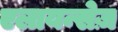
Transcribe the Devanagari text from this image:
एलायन्सेज़